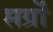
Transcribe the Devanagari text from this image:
सर्ग्रों